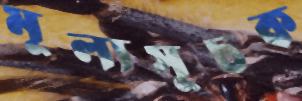
মূল্যসূচক